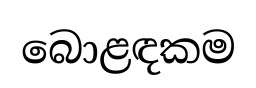
බොළඳකම